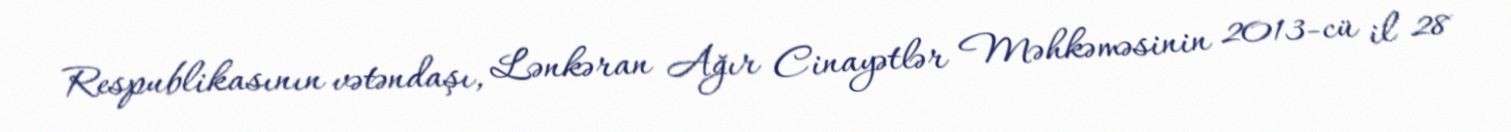
Respublikasının vətəndaşı, Lənkəran Ağır Cinayətlər Məhkəməsinin 2013-cü il 28